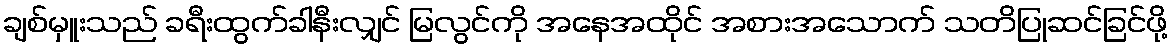
ချစ်မှူးသည် ခရီးထွက်ခါနီးလျှင် မြလွင်ကို အနေအထိုင် အစားအသောက် သတိပြုဆင်ခြင်ဖို့